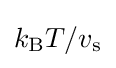
k_{\mathrm {B} }T/v_{\mathrm {s} }